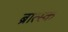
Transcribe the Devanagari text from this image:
ब्रात्स्क